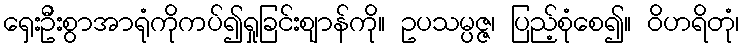
ရှေးဦးစွာအာရုံကိုကပ်၍ရှုခြင်းဈာန်ကို။ ဥပသမ္ပဇ္ဇ၊ ပြည့်စုံစေ၍။ ဝိဟရိတုံ၊